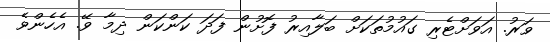
ވަރު. އަވަށްޓެރި ގައުމުތަކަށް ބަލާއިރު ފޮށުން ފަދަ ކަންކަން ދިމާ ވޭ. އެހެންވެ